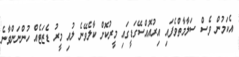
އެކަމުން ވެސް ސަލާމާތްވެފައި އިރުއޮއްސޭގަޑީގައި މީރުކޮށް ކާލެވޭނެ ލުއި މީރު ޑެޒަޓެއް ހުންނަންވާނެ